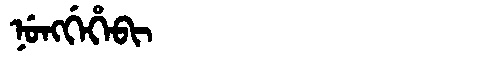
Manchu: ᠨᡠᠩᡤᡝᡥᡝᠪᡳ
Romanization: NUNGGEHEBI